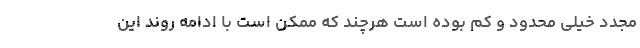
مجدد خیلی محدود و کم بوده است هرچند که ممکن است با ادامه روند این